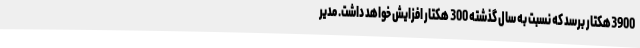
3900هکتار برسد که نسبت به سال گذشته 300 هکتار افزایش خواهد داشت. مدیر